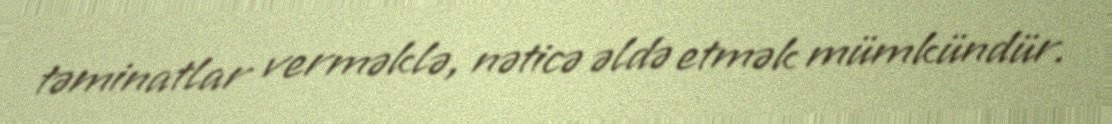
təminatlar verməklə, nəticə əldə etmək mümkündür.